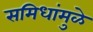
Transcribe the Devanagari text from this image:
समिधांमुळे